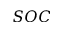
S O C